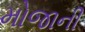
મોજાની